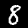
Digit: 8